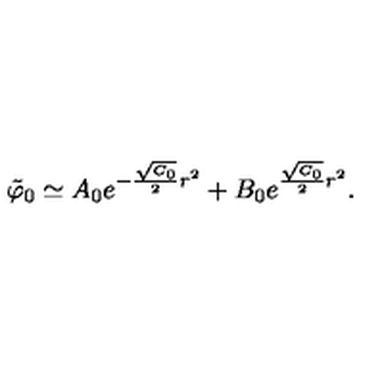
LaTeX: { \tilde { \varphi } } _ { 0 } \simeq A _ { 0 } e ^ { - { \frac { \sqrt { C _ { 0 } } } { 2 } } r ^ { 2 } } + B _ { 0 } e ^ { { \frac { \sqrt { C _ { 0 } } } { 2 } } r ^ { 2 } } .